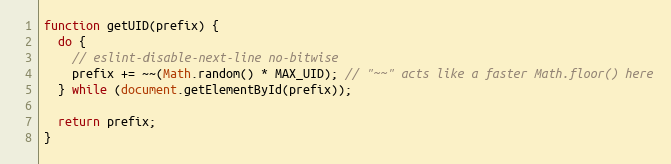
Language: JavaScript
function getUID(prefix) {
  do {
    // eslint-disable-next-line no-bitwise
    prefix += ~~(Math.random() * MAX_UID); // "~~" acts like a faster Math.floor() here
  } while (document.getElementById(prefix));

  return prefix;
}